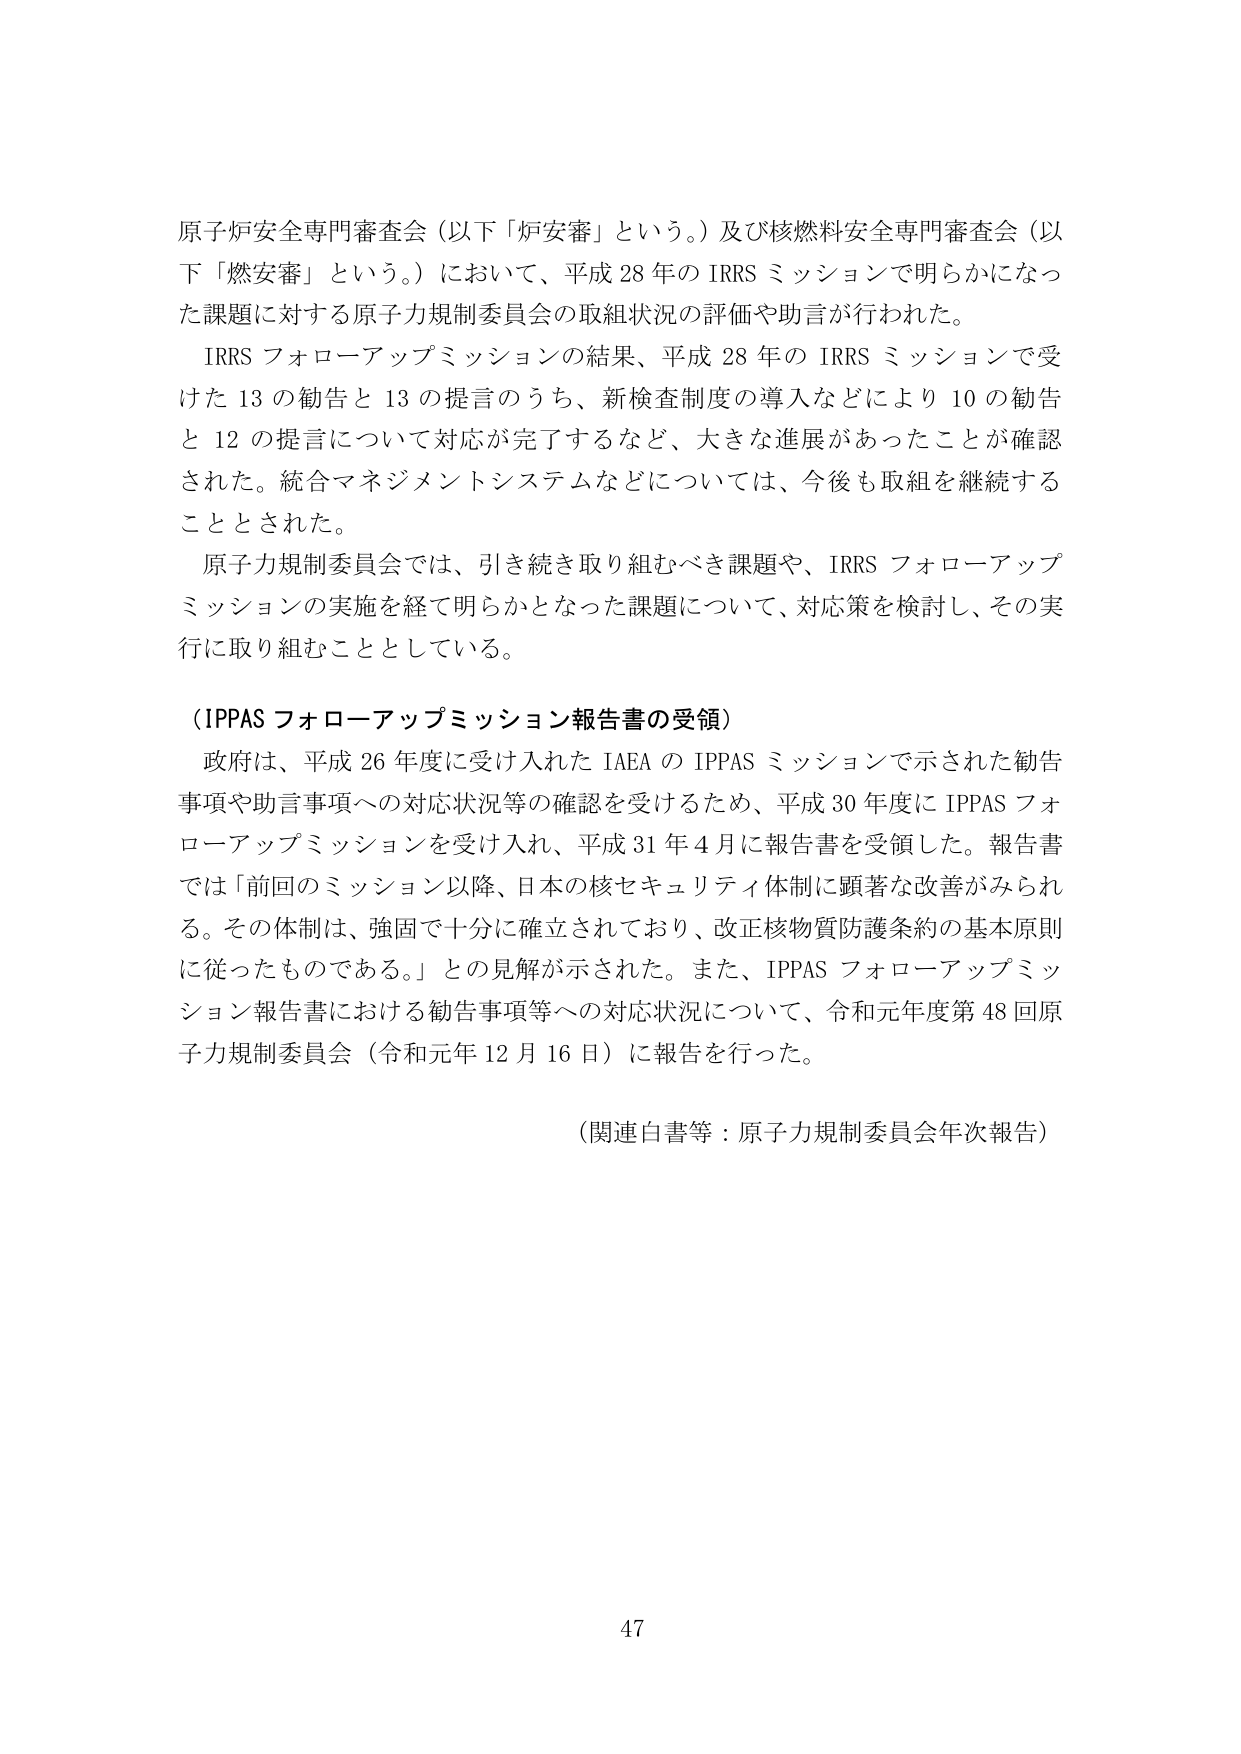
原子炉安全専門審査会（以下「炉安審」という。）及び核燃料安全専門審査会（以下「燃安審」という。）において、平成28年のIRRSミッションで明らかになった課題に対する原子力規制委員会の取組状況の評価や助言が行われた。

IRRSフォローアップミッションの結果、平成28年のIRRSミッションで受けた13の勧告と13の提言のうち、新検査制度の導入などにより10の勧告と12の提言について対応が完了するなど、大きな進展があったことが確認された。統合マネジメントシステムなどについては、今後も取組を継続することとされた。

原子力規制委員会では、引き続き取り組むべき課題や、IRRSフォローアップミッションの実施を経て明らかとなった課題について、対応策を検討し、その実行に取り組むこととしている。

（IPPASフォローアップミッション報告書の受領）

政府は、平成26年度に受け入れたIAEAのIPPASミッションで示された勧告事項や助言事項への対応状況等の確認を受けるため、平成30年度にIPPASフォローアップミッションを受け入れ、平成31年4月に報告書を受領した。報告書では「前回のミッション以降、日本の核セキュリティ体制に顕著な改善がみられる。その体制は、強固で十分に確立されており、改正核物質防護条約の基本原則に従ったものである。」との見解が示された。また、IPPASフォローアップミッション報告書における勧告事項等への対応状況について、令和元年度第48回原子力規制委員会（令和元年12月16日）に報告を行った。

（関連白書等：原子力規制委員会年次報告）

47